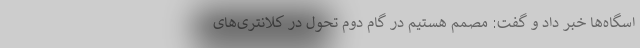
اسگاه‌ها خبر داد و گفت: مصمم هستیم در گام دوم تحول در کلانتری‌های